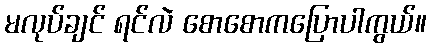
မလုပ်ချင် ရင်လဲ စောစောကပြောပါကွယ်။